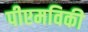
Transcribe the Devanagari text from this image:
पीएमविकी